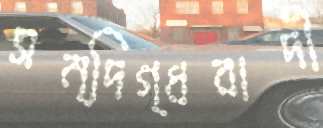
সন্দিগ্ধবাদী